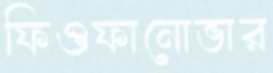
ফিওফানোভার